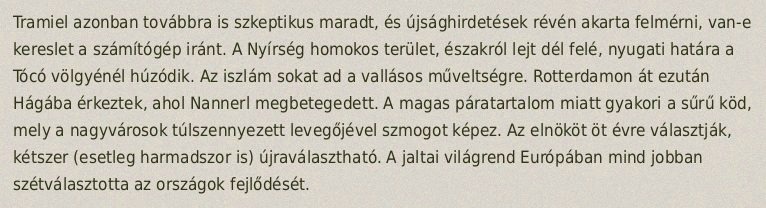
Tramiel azonban továbbra is szkeptikus maradt, és újsághirdetések révén akarta felmérni, van-e kereslet a számítógép iránt. A Nyírség homokos terület, északról lejt dél felé, nyugati határa a Tócó völgyénél húzódik. Az iszlám sokat ad a vallásos műveltségre. Rotterdamon át ezután Hágába érkeztek, ahol Nannerl megbetegedett. A magas páratartalom miatt gyakori a sűrű köd, mely a nagyvárosok túlszennyezett levegőjével szmogot képez. Az elnököt öt évre választják, kétszer (esetleg harmadszor is) újraválasztható. A jaltai világrend Európában mind jobban szétválasztotta az országok fejlődését.